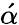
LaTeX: \acute{\alpha}